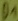
Text: D1